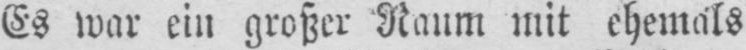
Es war ein großer Raum mit ehemals